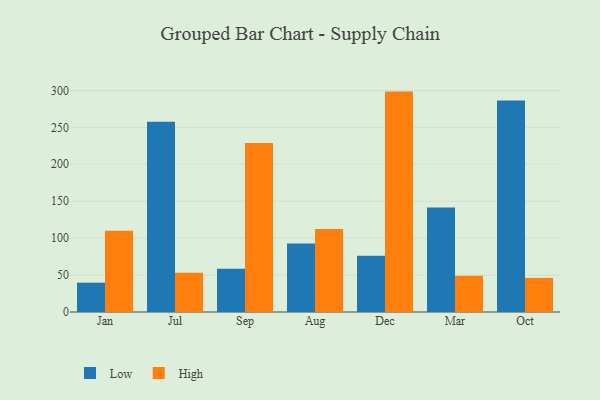
{"axis": {"x": "Month", "y": "Market Share (%)"}, "legend": ["High", "Low"], "data": [{"x": "Jan", "y": 39.7, "type": "Low"}, {"x": "Jan", "y": 110.1, "type": "High"}, {"x": "Jul", "y": 257.5, "type": "Low"}, {"x": "Jul", "y": 53.3, "type": "High"}, {"x": "Sep", "y": 58.6, "type": "Low"}, {"x": "Sep", "y": 228.8, "type": "High"}, {"x": "Aug", "y": 92.8, "type": "Low"}, {"x": "Aug", "y": 112.3, "type": "High"}, {"x": "Dec", "y": 76.0, "type": "Low"}, {"x": "Dec", "y": 298.4, "type": "High"}, {"x": "Mar", "y": 141.5, "type": "Low"}, {"x": "Mar", "y": 49.2, "type": "High"}, {"x": "Oct", "y": 286.3, "type": "Low"}, {"x": "Oct", "y": 46.1, "type": "High"}]}